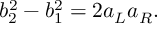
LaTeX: b _ { 2 } ^ { 2 } - b _ { 1 } ^ { 2 } = 2 a _ { L } a _ { R } .